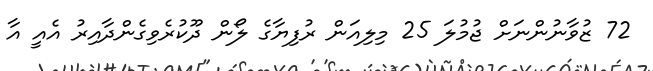
72 ޒުވާނުންނަށް ޖުމުލަ 25 މިލިއަން ރުފިޔާގެ ލޯން ދޫކުރެވިގެންދާއިރު އެއީ އާ